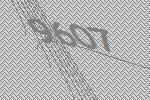
9607